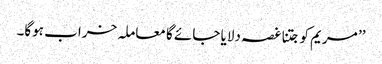
’’ مریم کو جتنا غصہ دلایا جائے گا معاملہ خراب ہوگا۔